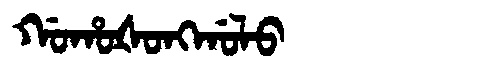
Manchu: ᡤᠣᡥᠣᡧᠣᠩᡤᠣᠯᠣ
Romanization: GOHOŠONGGOLO